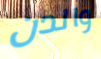
والدن